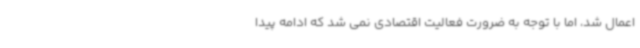
اعمال شد، اما با توجه به ضرورت فعالیت اقتصادی نمی شد که ادامه پیدا